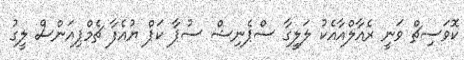
ކޮވަސިޗް ވަނީ ރެއާލްއާއެކު ލަލީގާ ސްޕެނިޝް ސުޕާ ކަޕް ޔުއެފާ ޗެމްޕިއަންސް ލީގު